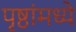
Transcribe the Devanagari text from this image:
पृष्ठांमध्ये